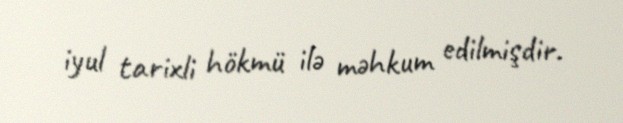
iyul tarixli hökmü ilə məhkum edilmişdir.